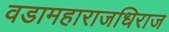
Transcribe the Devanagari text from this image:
वडामहाराजधिराज